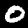
Digit: 0